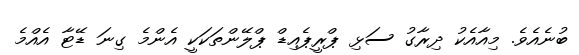
ބުނެއެވެ. މިއާއެކު ދިރާގު ސަޅި ޕްރީޕެއިޑް ޕްލޭންތަކަކީ އެންމެ ގިނަ ޑޭޓާ އެއްމެ